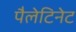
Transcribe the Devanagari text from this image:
पैलेटिनेट